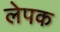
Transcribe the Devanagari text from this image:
लेपक